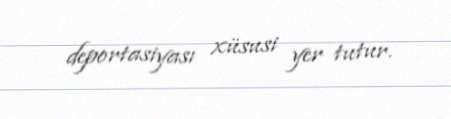
deportasiyası xüsusi yer tutur.